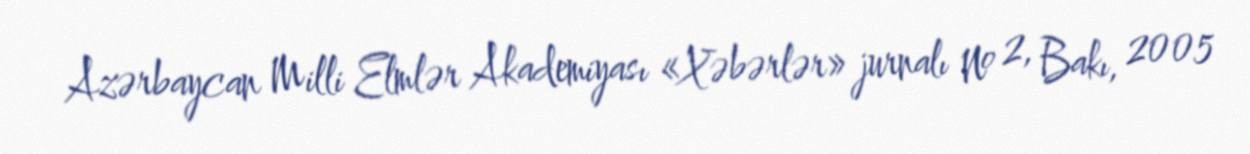
Azərbaycan Milli Elmlər Akademiyası «Xəbərlər» jurnalı № 2, Bakı, 2005